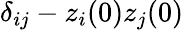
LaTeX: \delta_{ij}-z_{i}(0)z_{j}(0)